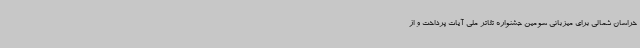
خراسان شمالی برای میزبانی سومین جشنواره تئاتر ملی آیات پرداخت و از